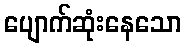
ပျောက်ဆုံးနေသော